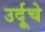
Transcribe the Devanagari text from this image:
उर्दूचे